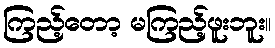
ကြည့်တော့ မကြည့်ဖူးဘူး။